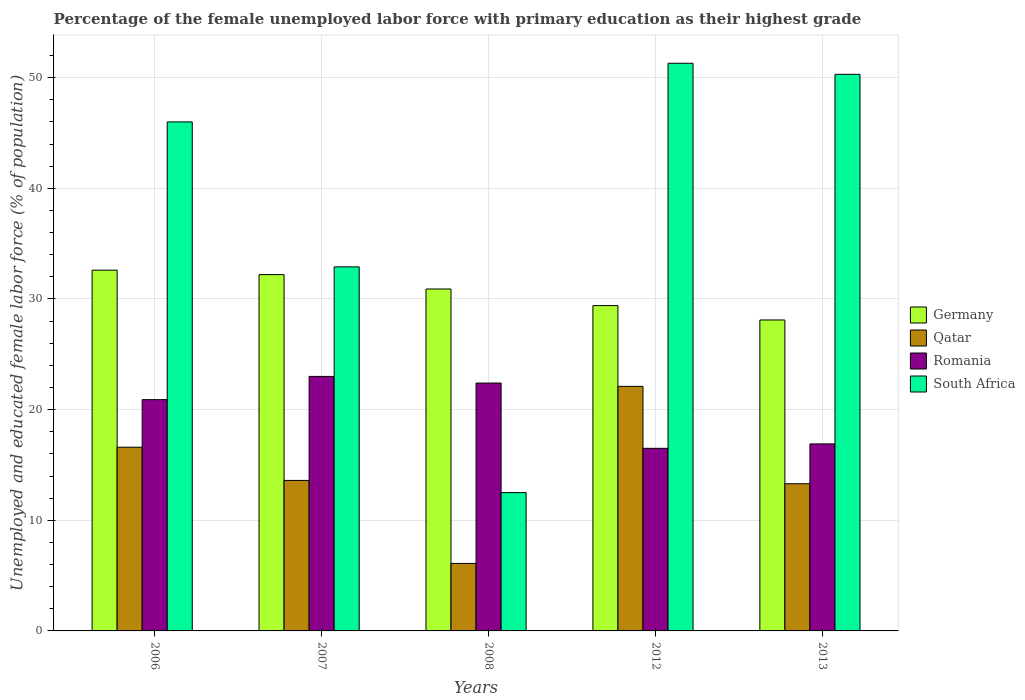
| Years | Germany | Qatar | Romania | South Africa |
 | --- | --- | --- | --- | --- |
 | 2006 | 32.6 | 16.6 | 20.9 | 46 |
 | 2007 | 32.2 | 13.6 | 23 | 32.9 |
 | 2008 | 30.9 | 6.1 | 22.4 | 12.5 |
 | 2012 | 29.4 | 22.1 | 16.5 | 51.3 |
 | 2013 | 28.1 | 13.3 | 16.9 | 50.3 |